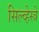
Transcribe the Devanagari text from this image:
सिल्व्हेस्त्रे